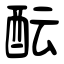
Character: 酝